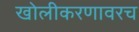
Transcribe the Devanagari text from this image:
खोलीकरणावरच